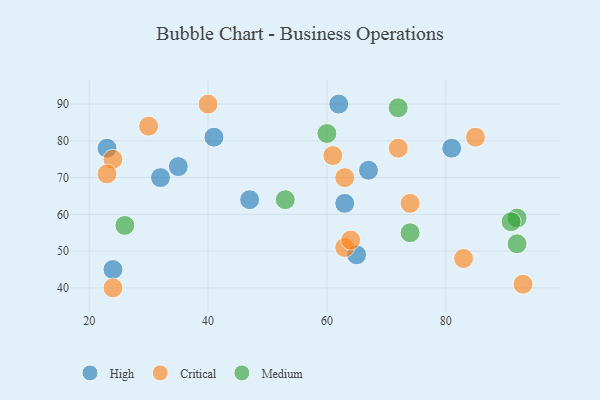
{"axis": {"x": "GDP", "y": "Life Expectancy"}, "legend": ["Critical", "High", "Medium"], "data": [{"x": "67", "y": 72, "type": "High"}, {"x": "63", "y": 63, "type": "High"}, {"x": "47", "y": 64, "type": "High"}, {"x": "32", "y": 70, "type": "High"}, {"x": "35", "y": 73, "type": "High"}, {"x": "62", "y": 90, "type": "High"}, {"x": "41", "y": 81, "type": "High"}, {"x": "23", "y": 78, "type": "High"}, {"x": "65", "y": 49, "type": "High"}, {"x": "24", "y": 45, "type": "High"}, {"x": "81", "y": 78, "type": "High"}, {"x": "30", "y": 84, "type": "Critical"}, {"x": "72", "y": 78, "type": "Critical"}, {"x": "74", "y": 63, "type": "Critical"}, {"x": "63", "y": 70, "type": "Critical"}, {"x": "63", "y": 51, "type": "Critical"}, {"x": "61", "y": 76, "type": "Critical"}, {"x": "93", "y": 41, "type": "Critical"}, {"x": "83", "y": 48, "type": "Critical"}, {"x": "85", "y": 81, "type": "Critical"}, {"x": "24", "y": 75, "type": "Critical"}, {"x": "24", "y": 40, "type": "Critical"}, {"x": "23", "y": 71, "type": "Critical"}, {"x": "40", "y": 90, "type": "Critical"}, {"x": "64", "y": 53, "type": "Critical"}, {"x": "72", "y": 89, "type": "Medium"}, {"x": "92", "y": 59, "type": "Medium"}, {"x": "60", "y": 82, "type": "Medium"}, {"x": "74", "y": 55, "type": "Medium"}, {"x": "26", "y": 57, "type": "Medium"}, {"x": "92", "y": 52, "type": "Medium"}, {"x": "91", "y": 58, "type": "Medium"}, {"x": "53", "y": 64, "type": "Medium"}]}